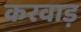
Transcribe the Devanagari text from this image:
करवाड़